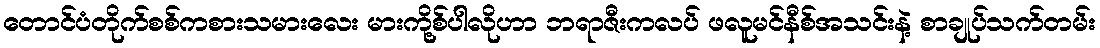
တောင်ပံတိုက်စစ်ကစားသမားလေး မားကို့စ်ပါလိုဟာ ဘရာဇီးကလပ် ဖလူမင်နီစ်အသင်းနဲ့ စာချုပ်သက်တမ်း